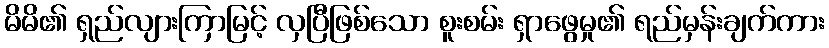
မိမိ၏ ရှည်လျားကြာမြင့် လှပြီဖြစ်သော စူးစမ်း ရှာဖွေမှု၏ ရည်မှန်းချက်ကား